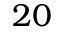
2 0